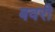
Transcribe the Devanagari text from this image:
बवरी